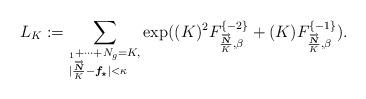
LaTeX: \begin{align*}L_{{K}}:= \sum_{\begin{subarray}N_{1}+\cdots+N_{g}=K, \\|\frac{\overrightarrow{\boldsymbol{N}}}{K}-\boldsymbol{f_{\star}}|<\kappa\end{subarray}} \exp((K)^{2}F^{\{-2\}}_{\frac{\overrightarrow{\boldsymbol{N}}}{K}, \beta}+(K)F^{\{-1\}}_{\frac{\overrightarrow{\boldsymbol{N}}}{K}, \beta}) .\end{align*}